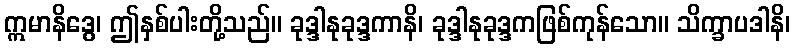
ဣမာနိဒွေ၊ ဤနှစ်ပါးတို့သည်။ ခုဒ္ဒါနုခုဒ္ဒကာနိ၊ ခုဒ္ဒါနုခုဒ္ဒကဖြစ်ကုန်သော။ သိက္ခာပဒါနိ၊